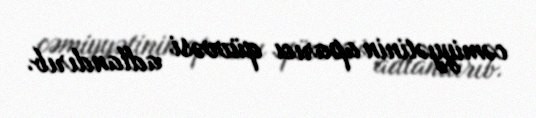
cəmiyyətinin aparıcı qüvvəsi adlandırıb.